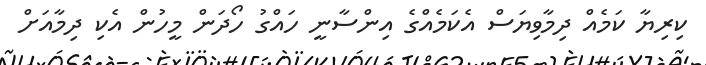
ކިރިޔާ ކަމެއް ދިމާވިޔަސް އެކަމެއްގެ އިންސާނީ ހައްގު ހޯދަން މީހުން އެކި ދިމާއަށް